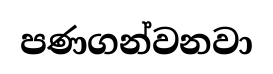
පණගන්වනවා